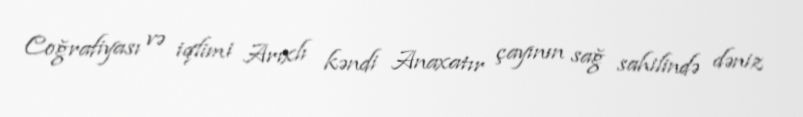
Coğrafiyası və iqlimi Arıxlı kəndi Anaxatır çayının sağ sahilində dəniz